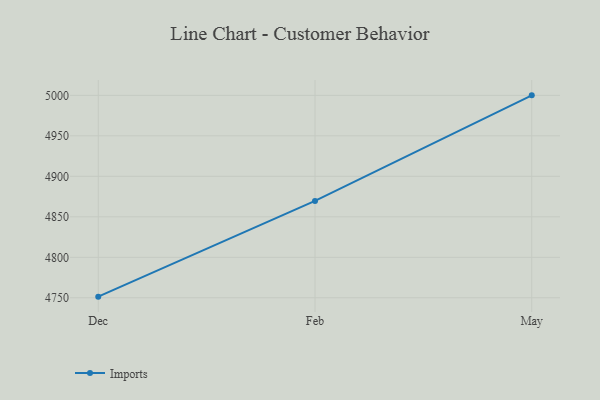
{"axis": {"x": "Month", "y": "Energy Usage (MWh)"}, "legend": ["Imports"], "data": [{"x": "Dec", "y": 4751.4, "type": "Imports"}, {"x": "Feb", "y": 4869.6, "type": "Imports"}, {"x": "May", "y": 5000, "type": "Imports"}]}